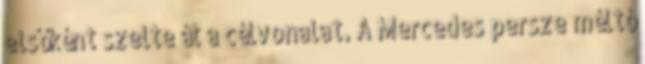
elsőként szelte át a célvonalat. A Mercedes persze méltó